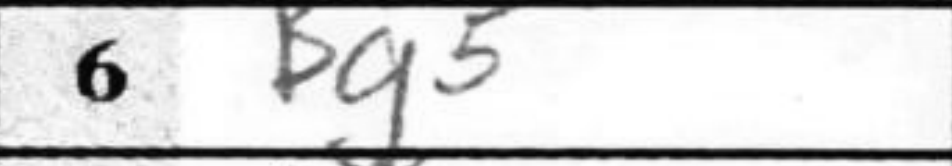
Transcription: Bg5